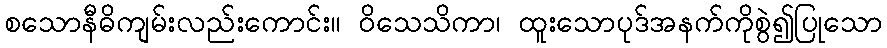
စသောနီဓိကျမ်းလည်းကောင်း။ ဝိသေသိကာ၊ ထူးသောပုဒ်အနက်ကိုစွဲ၍ပြုသော